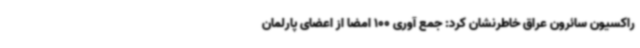
راکسیون سائرون عراق خاطرنشان کرد: جمع آوری 100 امضا از اعضای پارلمان